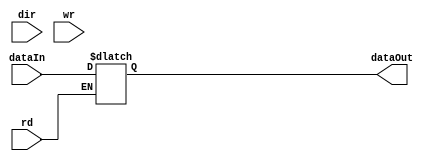
`timescale 1ns/1ns
module AMem(
input [31:0] dir,
input [31:0] dataIn,
input wr,rd,
output reg [31:0] dataOut
);
//Bloque de memoria o matriz
reg [31:0]bmem[31:0];
//always
always @(*)
begin
	if(wr == 1)
	begin
		bmem[dir] = dataIn;
	end
	if(rd == 1)
	begin
		dataOut = bmem[dir];
	end
end

endmodule